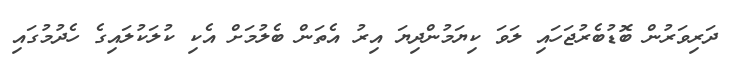
ދަރިވަރުން ބޮޑުބެރުޖަހައި ލަވަ ކިޔަމުންދިޔަ އިރު އެތަން ބެލުމަށް އެކި ކުލަކުލައިގެ ހެދުމުގައި